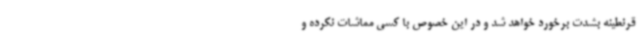
قرنطینه بشدت برخورد خواهد شد و در این خصوص با کسی مماشات نکرده و